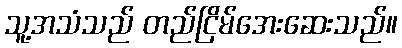
သူ့အသံသည် တည်ငြိမ်အေးဆေးသည်။